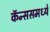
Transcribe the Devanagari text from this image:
कॅन्ससमध्ये